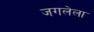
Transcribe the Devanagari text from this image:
जगलेला